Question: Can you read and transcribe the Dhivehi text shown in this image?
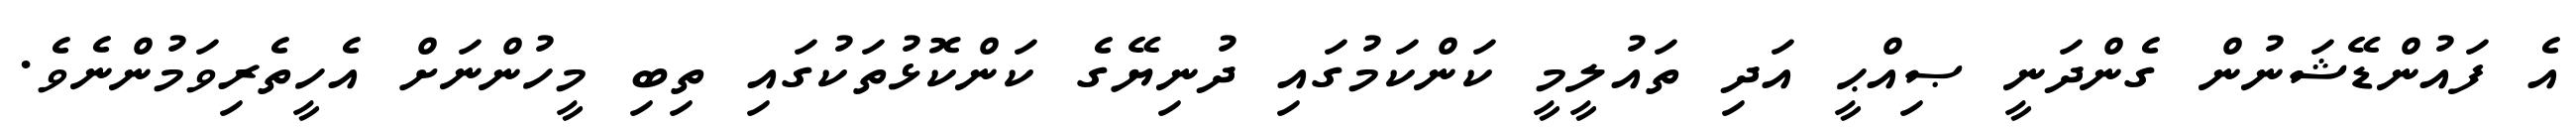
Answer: އެ ފައުންޑޭޝަނުން ގެންދަނީ ޞިއްޙީ އަދި ތައުލީމީ ކަންކަމުގައި ދުނިޔޭގެ ކަންކޮޅުތަކުގައި ތިބި މީހުންނަށް އެހީތެރިވަމުންނެވެ.